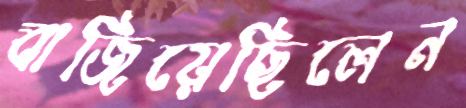
বাজিয়েছিলেন